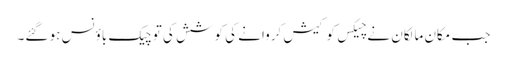
جب مکان مالکان نے چیکس کو کیش کروانے کی کوشش کی تو چیک باؤنس ہو گئے۔